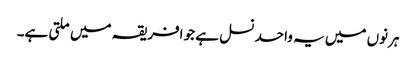
ہرنوں میں یہ واحد نسل ہے جو افریقہ میں ملتی ہے۔